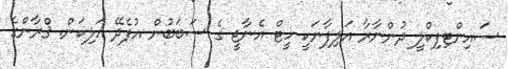
ސައިންޓިފިކްލީ ދުންނާރާ އަލިފާނަކީ ހީޓް އެނާޖީ ގެ ސަބަބުން އުފެދޭ އަލިކަަން. ޤްރާންގެ